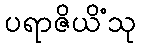
ပရာဇိယိံသု